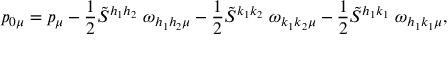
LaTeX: p _ { 0 \mu } = p _ { \mu } - \frac { 1 } { 2 } \tilde { S } ^ { h _ { 1 } h _ { 2 } } \; \omega _ { h _ { 1 } h _ { 2 } \mu } - \frac { 1 } { 2 } \tilde { S } ^ { k _ { 1 } k _ { 2 } } \; \omega _ { k _ { 1 } k _ { 2 } \mu } - \frac { 1 } { 2 } \tilde { S } ^ { h _ { 1 } k _ { 1 } } \; \omega _ { h _ { 1 } k _ { 1 } \mu } ,